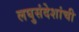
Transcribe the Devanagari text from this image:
लघुसंदेशांची